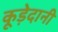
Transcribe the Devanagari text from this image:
कूड़ेदानी